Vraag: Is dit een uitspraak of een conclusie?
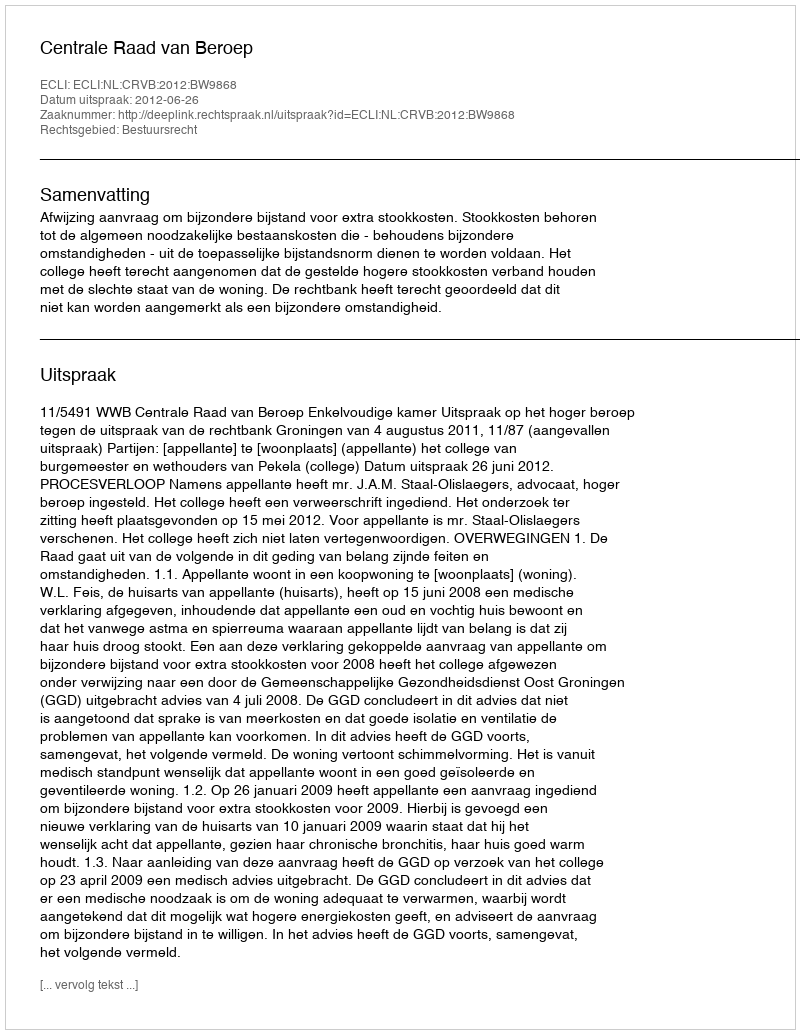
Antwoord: Uitspraak